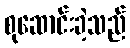
စုဆောင်းခဲ့သည်